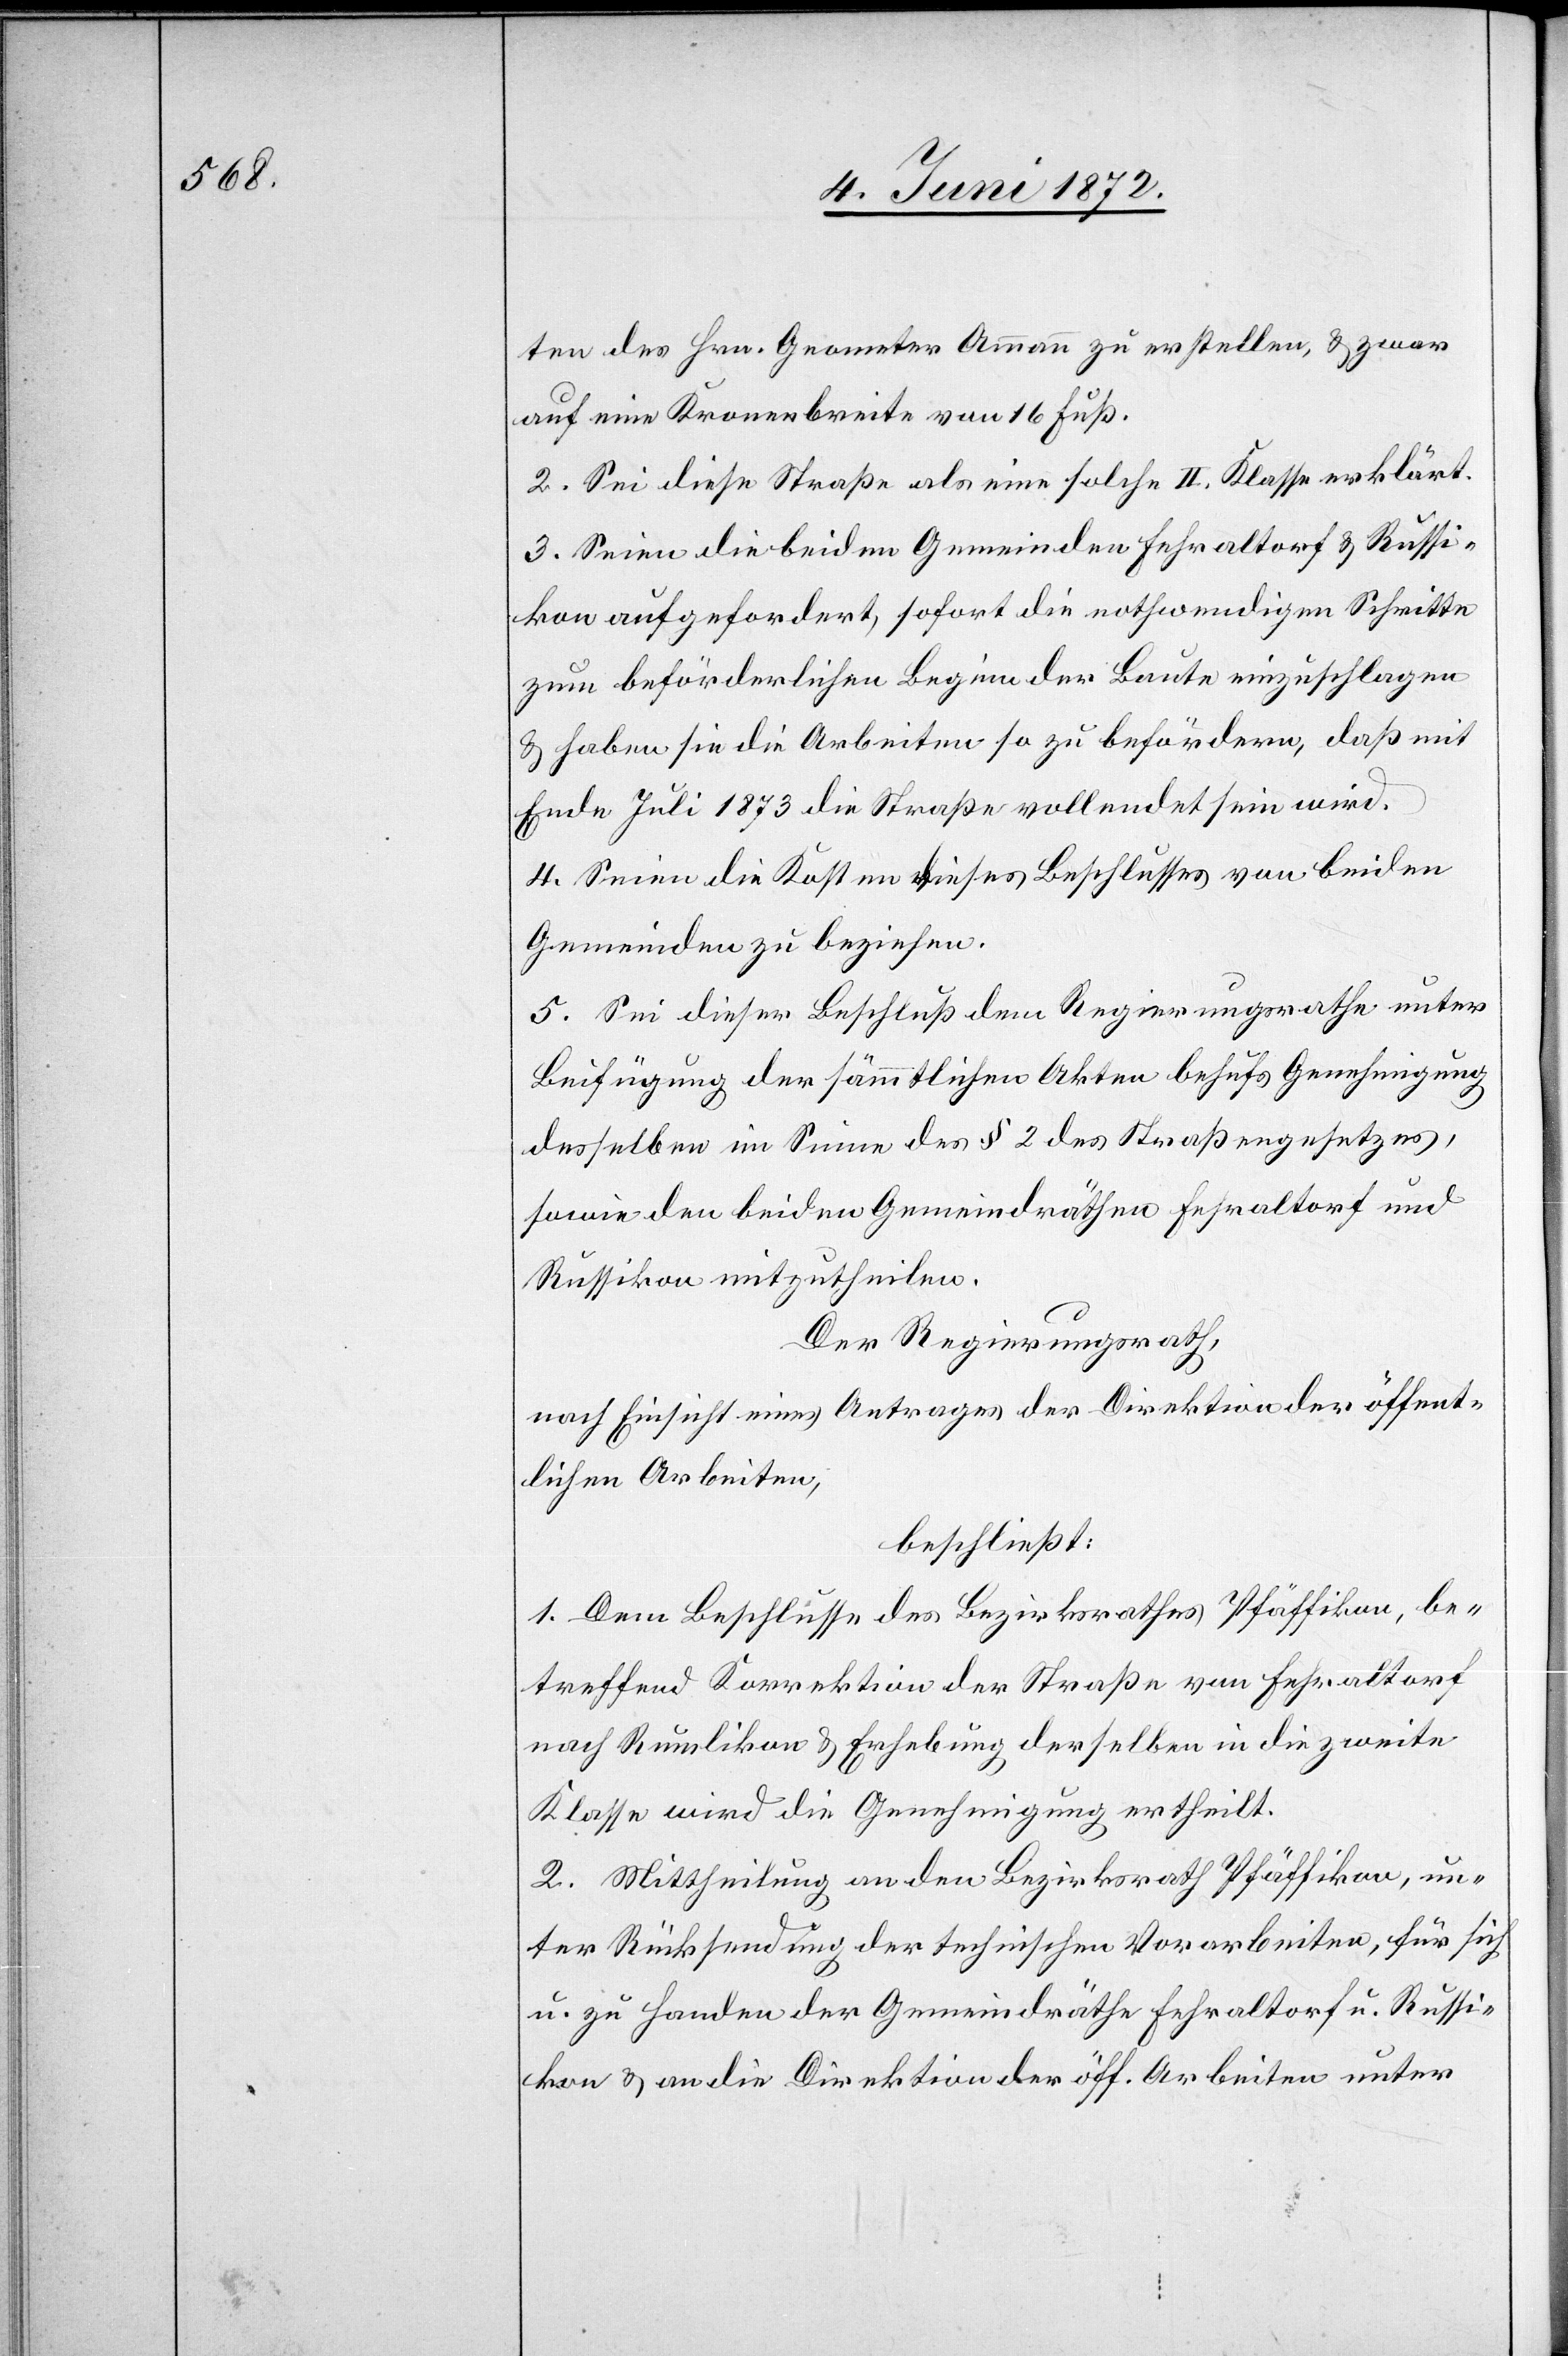
ten des Hrn. Geometer Ammann zu erstellen, u. zwar
auf eine Kronenbreite von 16 Fuß.
2. Sei diese Straße als eine solche II. Klasse erklärt.
3. Seien die beiden Gemeinden Fehraltorf u. Russi¬
kon aufgefordert, sofort die nothwendigen Schritte
zum beförderlichen Beginn der Baute einzuschlagen
u. haben sie die Arbeiten so zu befördern, daß mit
Ende Juli 1873 die Straße vollendet sein wird.
4. Seien die Kosten dieses Beschlusses von beiden
Gemeinden zu beziehen.
5. Sei dieser Beschluß dem Regierungsrathe unter
Beifügung der sämmtlichen Akten behufs Genehmigung
desselben im Sinne des § 2 des Straßengesetzes,
sowie den beiden Gemeindräthen Fehraltorf und
Russikon mitzutheilen.
Der Regierungsrath,
nach Einsicht eines Antrages der Direktion der öffent¬
lichen Arbeiten,
beschließt:
1. Dem Beschlusse des Bezirksrathes Pfäffikon, be¬
treffend Korrektion der Straße von Fehraltorf
nach Russikon u. Erhebung derselben in die zweite
Klasse wird die Genehmigung ertheilt.
2. Mittheilung an den Bezirksrath Pfäffikon, un¬
ter Rücksendung der technischen Vorarbeiten, für sich
u. zu Handen der Gemeindräthe Fehraltorf u. Russi¬
kon u. an die Direktion der öff. Arbeiten unter